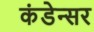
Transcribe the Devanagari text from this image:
कंडेन्सर